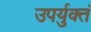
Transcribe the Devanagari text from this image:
उपर्युक्तं